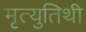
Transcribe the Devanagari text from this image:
मृत्युतिथी